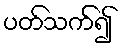
ပတ်သက်၍